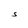
Character: S